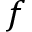
f